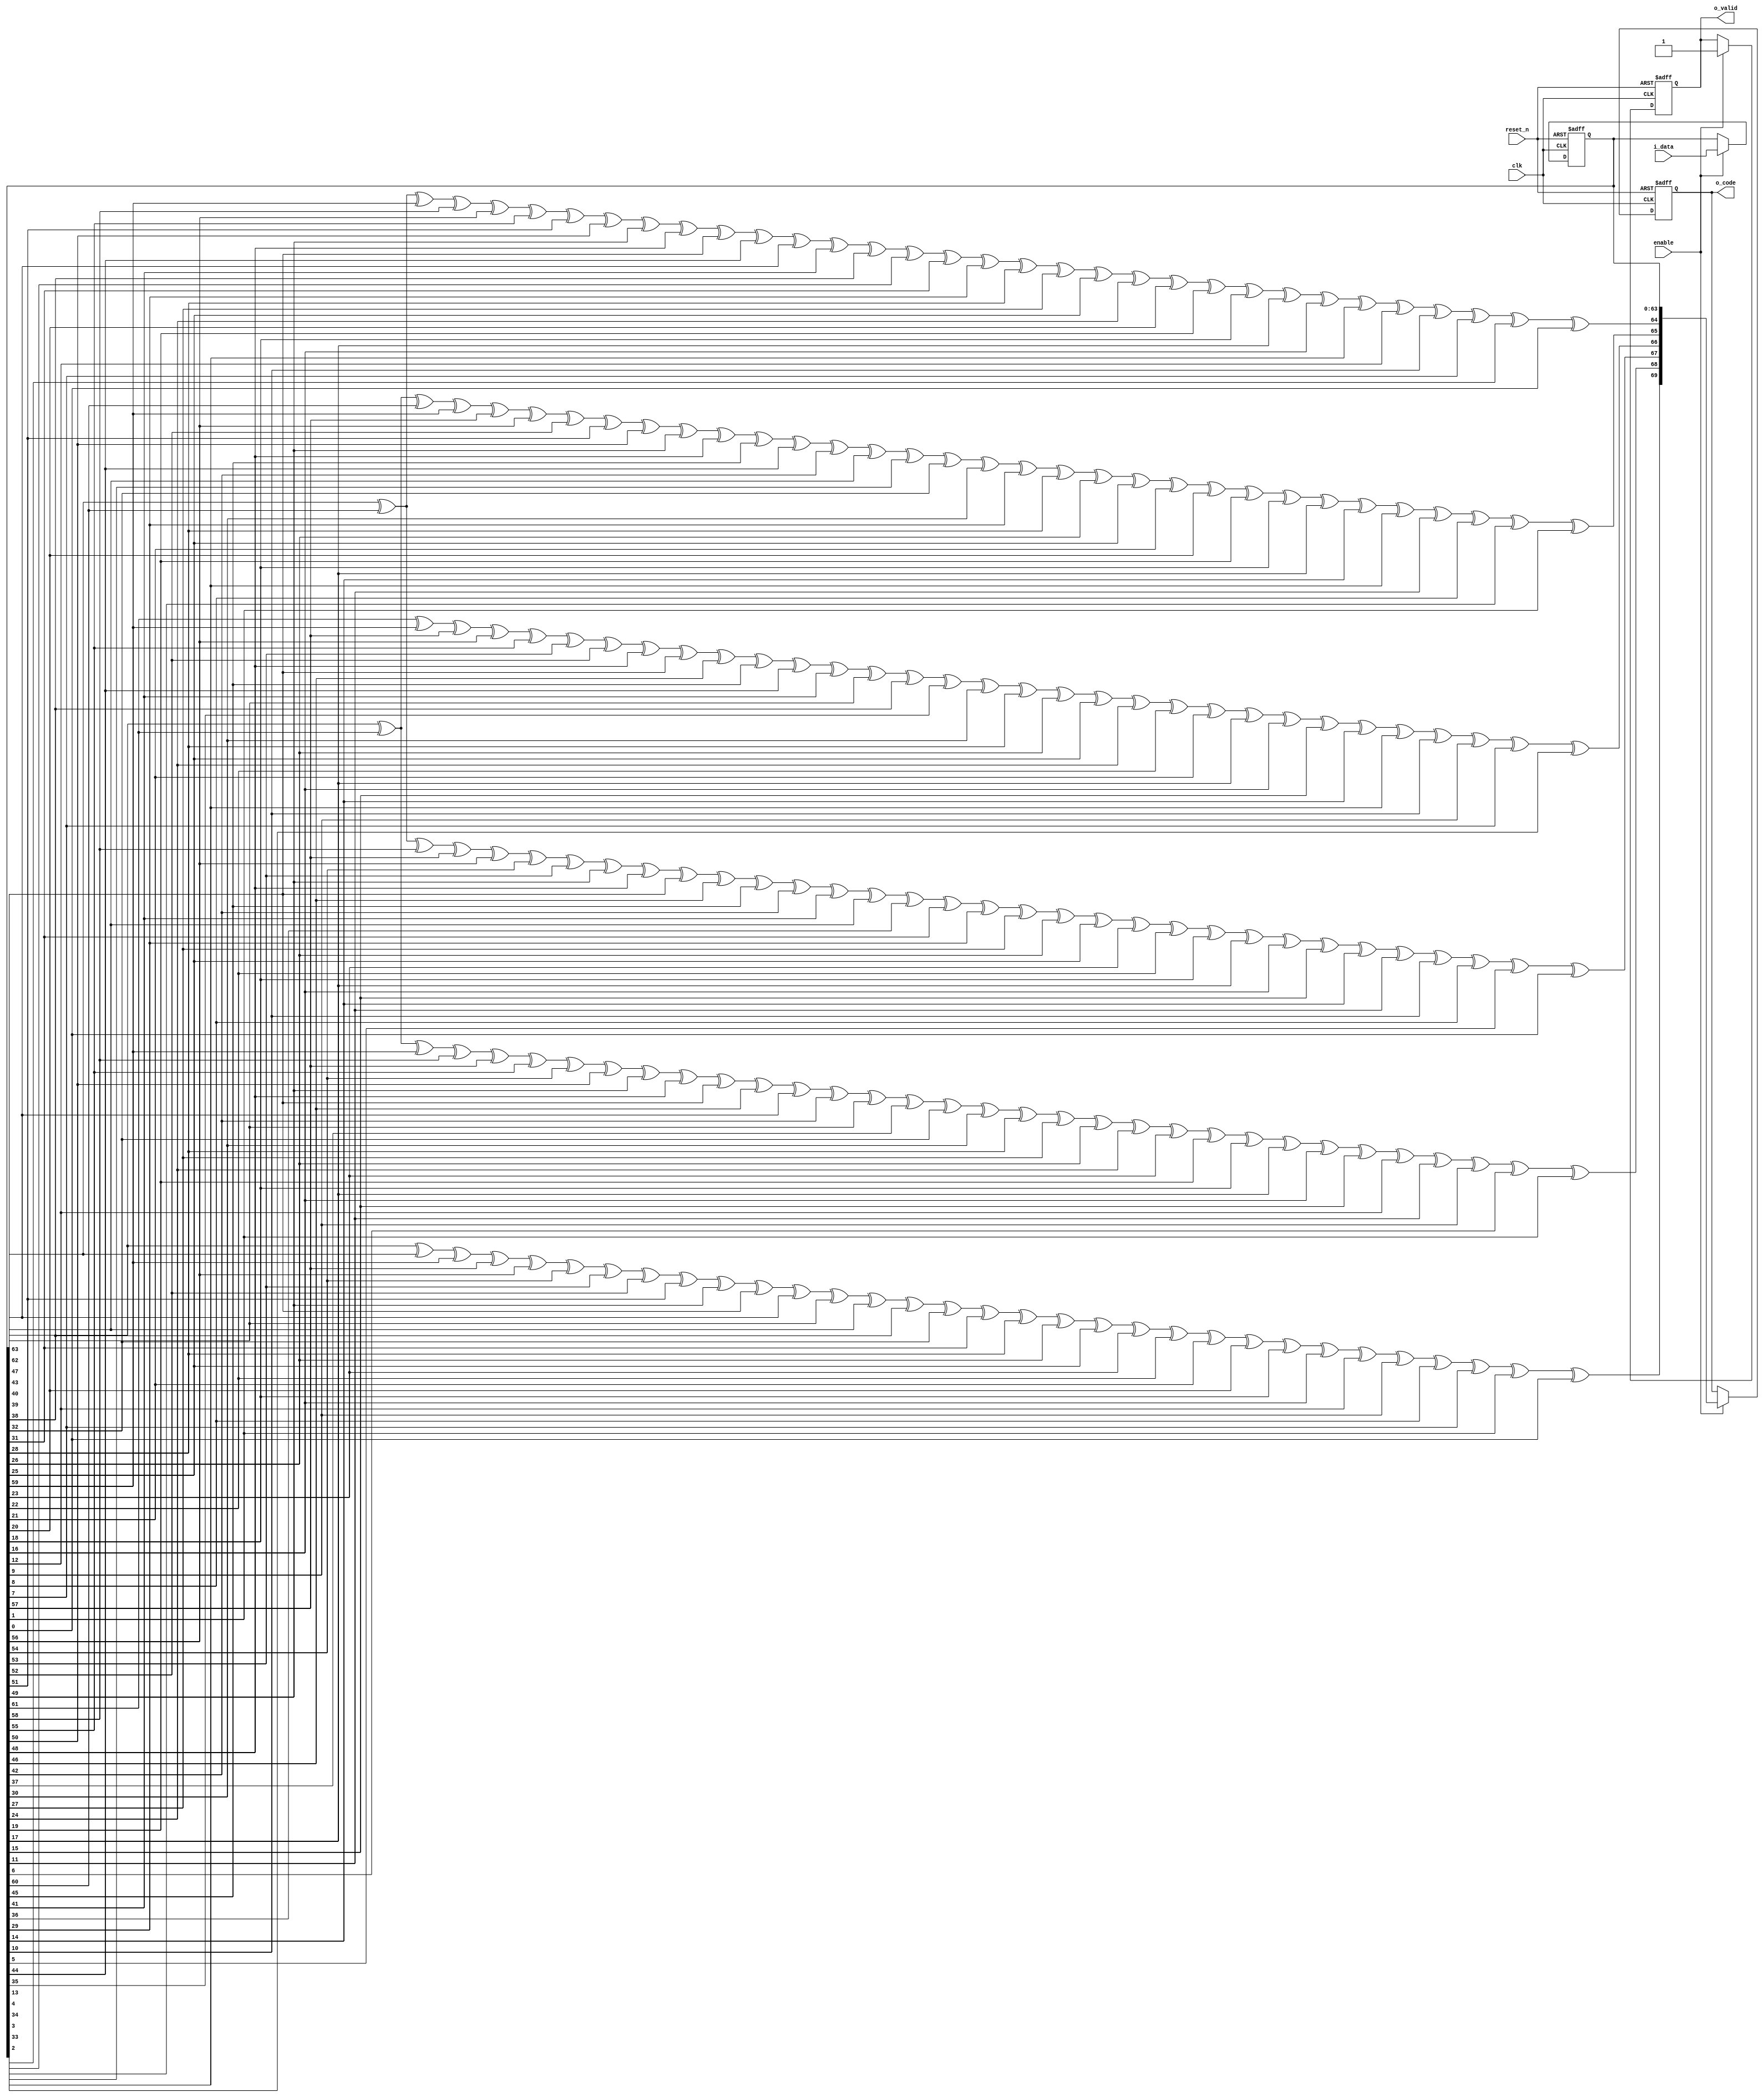
 
	module crc_64_enc(
	clk,
	reset_n,
	enable,
	i_data,
	o_code,
	o_valid
	);

	//--- INPUT PORTS ---
	input clk;
	input reset_n;
	input enable;
	input [0:63] i_data;

	//----OUTPUT PORTS----
	output [0:69] o_code;
	output o_valid;

	//---INTERNAL SIGNALS --
	reg [0:63] datareg ; // OPTIONAL  input register 
	reg o_valid;
	reg [0:69] o_code;

	// reg enreg; 
	wire [0:5] par ;//parity (check bits) 
	
assign par[0] = datareg[0] ^ datareg[1] ^ datareg[4] ^ datareg[6] ^ datareg[7] ^ datareg[9] ^ datareg[10] ^ datareg[11] ^ datareg[12] ^ datareg[14] ^ datareg[16] ^ datareg[20] ^ datareg[23] ^ datareg[24] ^ datareg[25] ^ datareg[31] ^ datareg[32] ^ datareg[35] ^ datareg[37] ^ datareg[38] ^ datareg[40] ^ datareg[41] ^ datareg[42] ^ datareg[43] ^ datareg[45] ^ datareg[47] ^ datareg[51] ^ datareg[54] ^ datareg[55] ^ datareg[56] ^ datareg[62] ^ datareg[63];
assign par[1] = datareg[0] ^ datareg[2] ^ datareg[4] ^ datareg[5] ^ datareg[6] ^ datareg[8] ^ datareg[9] ^ datareg[13] ^ datareg[14] ^ datareg[15] ^ datareg[16] ^ datareg[17] ^ datareg[20] ^ datareg[21] ^ datareg[23] ^ datareg[26] ^ datareg[31] ^ datareg[33] ^ datareg[35] ^ datareg[36] ^ datareg[37] ^ datareg[39] ^ datareg[40] ^ datareg[44] ^ datareg[45] ^ datareg[46] ^ datareg[47] ^ datareg[48] ^ datareg[51] ^ datareg[52] ^ datareg[54] ^ datareg[57] ^ datareg[62];
assign par[2] = datareg[1] ^ datareg[3] ^ datareg[5] ^ datareg[6] ^ datareg[7] ^ datareg[9] ^ datareg[10] ^ datareg[14] ^ datareg[15] ^ datareg[16] ^ datareg[17] ^ datareg[18] ^ datareg[21] ^ datareg[22] ^ datareg[24] ^ datareg[27] ^ datareg[32] ^ datareg[34] ^ datareg[36] ^ datareg[37] ^ datareg[38] ^ datareg[40] ^ datareg[41] ^ datareg[45] ^ datareg[46] ^ datareg[47] ^ datareg[48] ^ datareg[49] ^ datareg[52] ^ datareg[53] ^ datareg[55] ^ datareg[58] ^ datareg[63];
assign par[3] = datareg[2] ^ datareg[4] ^ datareg[6] ^ datareg[7] ^ datareg[8] ^ datareg[10] ^ datareg[11] ^ datareg[15] ^ datareg[16] ^ datareg[17] ^ datareg[18] ^ datareg[19] ^ datareg[22] ^ datareg[23] ^ datareg[25] ^ datareg[28] ^ datareg[33] ^ datareg[35] ^ datareg[37] ^ datareg[38] ^ datareg[39] ^ datareg[41] ^ datareg[42] ^ datareg[46] ^ datareg[47] ^ datareg[48] ^ datareg[49] ^ datareg[50] ^ datareg[53] ^ datareg[54] ^ datareg[56] ^ datareg[59];
assign par[4] = datareg[0] ^ datareg[2] ^ datareg[3] ^ datareg[4] ^ datareg[6] ^ datareg[7] ^ datareg[11] ^ datareg[12] ^ datareg[13] ^ datareg[14] ^ datareg[15] ^ datareg[18] ^ datareg[19] ^ datareg[21] ^ datareg[24] ^ datareg[29] ^ datareg[31] ^ datareg[33] ^ datareg[34] ^ datareg[35] ^ datareg[37] ^ datareg[38] ^ datareg[42] ^ datareg[43] ^ datareg[44] ^ datareg[45] ^ datareg[46] ^ datareg[49] ^ datareg[50] ^ datareg[52] ^ datareg[55] ^ datareg[60] ^ datareg[62];
assign par[5] = datareg[1] ^ datareg[3] ^ datareg[4] ^ datareg[5] ^ datareg[7] ^ datareg[8] ^ datareg[12] ^ datareg[13] ^ datareg[14] ^ datareg[15] ^ datareg[16] ^ datareg[19] ^ datareg[20] ^ datareg[22] ^ datareg[25] ^ datareg[30] ^ datareg[32] ^ datareg[34] ^ datareg[35] ^ datareg[36] ^ datareg[38] ^ datareg[39] ^ datareg[43] ^ datareg[44] ^ datareg[45] ^ datareg[46] ^ datareg[47] ^ datareg[50] ^ datareg[51] ^ datareg[53] ^ datareg[56] ^ datareg[61] ^ datareg[63];



		//------ GET INPUT ----
	//---------------------------

	always @(posedge clk or negedge reset_n) begin
		if (~reset_n) 
			datareg <= 0 ;

		else if (enable) 
			datareg <= i_data;
		
	end

	//--------Code is generated 1 cycle after input is registered 
	//----------------------------------------------

	always @(posedge clk or negedge reset_n) begin
		if (~reset_n) begin
			o_code  <= 0;
			o_valid <= 0;
		end	
		else if (enable) begin 
			o_code <= {par,datareg}; 
			// prepending check bits 
			o_valid <= 1 ;
		end
	 
				
		
	end




	endmodule 
	//---- end of file -----//